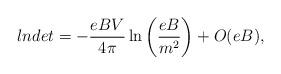
LaTeX: \begin{align*}lndet = - \frac{eBV}{4\pi} \ln\left(\frac{eB}{m^2}\right) + O(eB),\end{align*}